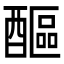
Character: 醧